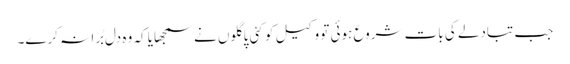
جب تبادلے کی بات شروع ہوئی تو وکیل کو کئی پاگلوں نے سمجھایا کہ وہ دل بُرا نہ کرے۔